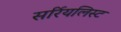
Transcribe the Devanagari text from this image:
सर्रियलिस्ट